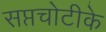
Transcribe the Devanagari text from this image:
सप्तचोटीके